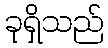
ခုရှိသည်